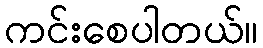
ကင်းစေပါတယ်။